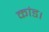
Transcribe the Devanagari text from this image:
कांड।